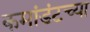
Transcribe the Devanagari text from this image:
कमांडंटच्या